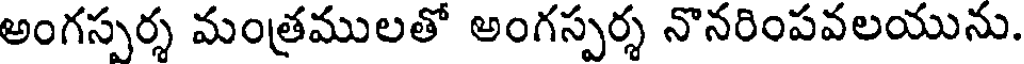
అంగస్పర్శ మంత్రములతో అంగస్పర్శ నొనరింపవలయును.